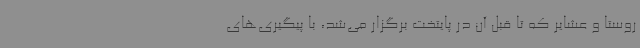
روستا و عشایر که تا قبل آن در پایتخت برگزار می‌شد، با پیگیری‌های